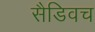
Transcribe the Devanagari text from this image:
सैडिवच